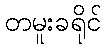
တမူးခရိုင်